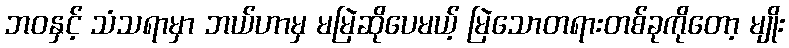
ဘဝနှင့် သံသရာမှာ ဘယ်ဟာမှ မမြဲဆိုပေမယ့် မြဲသောတရားတစ်ခုကိုတော့ မျိုး